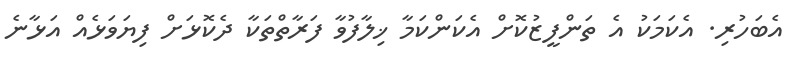
އެބަހުރި. އެކަމަކު އެ ތަންފީޒުކޮށް އެކަންކަމާ ޚިލާފުވާ ފަރާތްތަކާ ދެކޮޅަށް ފިޔަވަޅެއް އަޅާނެ